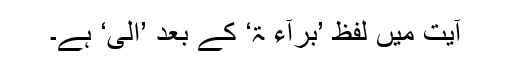
آیت میں لفظ ’بَرَآءَ ۃ‘ کے بعد ’اِلٰی‘ ہے۔